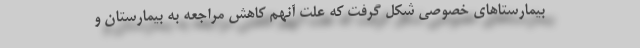
بیمارستاهای خصوصی شکل گرفت که علت آنهم کاهش مراجعه به بیمارستان و